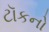
ટૉકનો